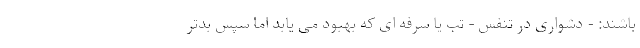
باشند: - دشواری در تنفس - تب یا سرفه ای که بهبود می یابد اما سپس بدتر